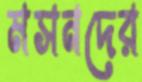
মসনদের